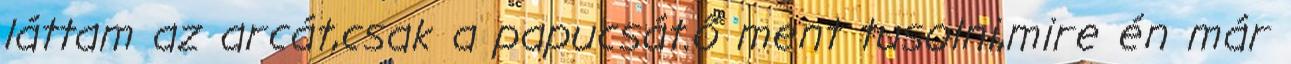
láttam az arcát,csak a papucsát.ő ment tusolni,mire én már